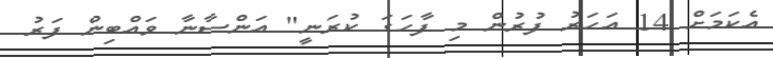
އެކަމަށް 14 އަހަރު ފުރުން މި ފާހަގަ ކުރަނީ" އަންސާނާ ވައްބިން ފަރު